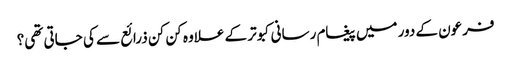
فرعون کے دور میں پیغام رسانی کبوتر کے علاوہ کن کن ذرائع سے کی جاتی تھی؟